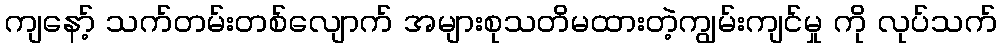
ကျနော့် သက်တမ်းတစ်လျောက် အများစုသတိမထားတဲ့ကျွမ်းကျင်မှု ကို လုပ်သက်